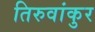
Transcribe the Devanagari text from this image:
तिरुवांकुर